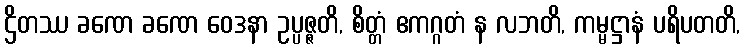
ဌိတဿ ခဏေ ခဏေ ဝေဒနာ ဥပ္ပဇ္ဇတိ, စိတ္တံ ဧကဂ္ဂတံ န လဘတိ, ကမ္မဋ္ဌာနံ ပရိပတတိ,